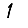
Digit: 1